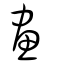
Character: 畫